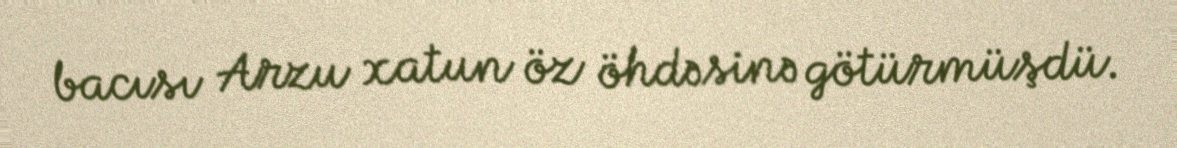
bacısı Arzu xatun öz öhdəsinə götürmüşdü.